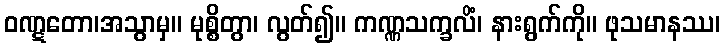
ဝဏ္ဋတော၊အသွာမှ။ မုစ္စိတွာ၊ လွတ်၍။ ကဏ္ဏသက္ခလိံ၊ နားရွက်ကို။ ဖုသမာနဿ၊